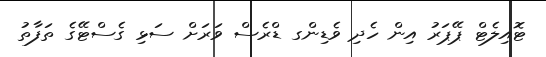
ޓޮއިލެޓް ޕޭޕަރު އިން ހެދި ވެޑިންގ ޑްރެސް ވަރަށް ސަޅި ގެސްޓޭގެ ތަފާތު